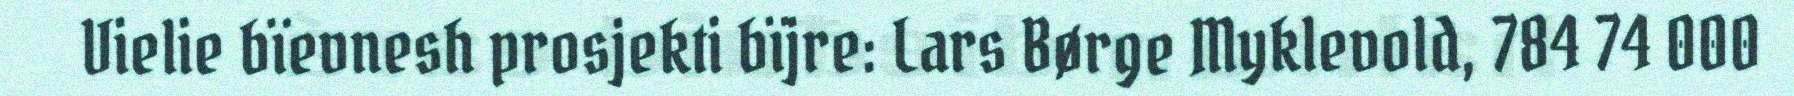
Vielie bïevnesh prosjekti bïjre: Lars Børge Myklevold, 784 74 000